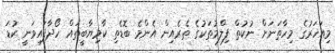
މިއަހަރުގެ މިހާތަނަށް ނުކުތް ފިލްމުތަކުގެ ތެރެއިން އެންމެ ބޮޑެތި ކާމިޔާބީތައް ހޯދާފައިވަނީ ކުޑަ